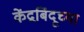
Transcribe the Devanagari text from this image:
केंद्रबिंदूच्या